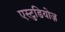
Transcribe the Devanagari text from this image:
एस्टुडियोज़